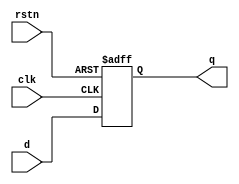
module dffrs #(
    parameter DATA_WIDTH = 16
)(
    input wire clk,
    input wire rstn,
    input wire [DATA_WIDTH-1 : 0] d,

    output wire [DATA_WIDTH-1 : 0] q
);

reg [DATA_WIDTH-1 : 0] q_r;
assign q = q_r;

always @(posedge clk or negedge rstn) begin
    if(rstn == 1'b0) begin
        q_r <= {DATA_WIDTH{1'b1}};
    end
    else begin
        q_r <= d;
    end
end

endmodule